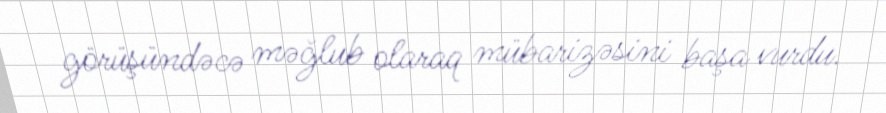
görüşündəcə məğlub olaraq mübarizəsini başa vurdu.